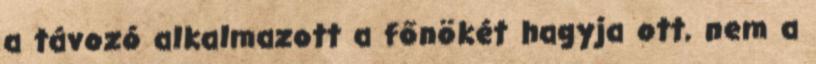
a távozó alkalmazott a főnökét hagyja ott, nem a